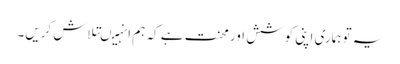
یہ تو ہماری اپنی کوشش اور محنت ہے کہ ہم انہیںتلاش کریں۔